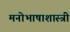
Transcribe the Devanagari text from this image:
मनोभाषाशास्त्री